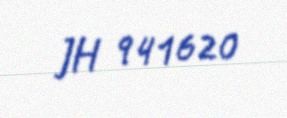
JH 941620